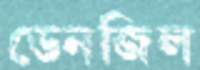
ডেনজিল